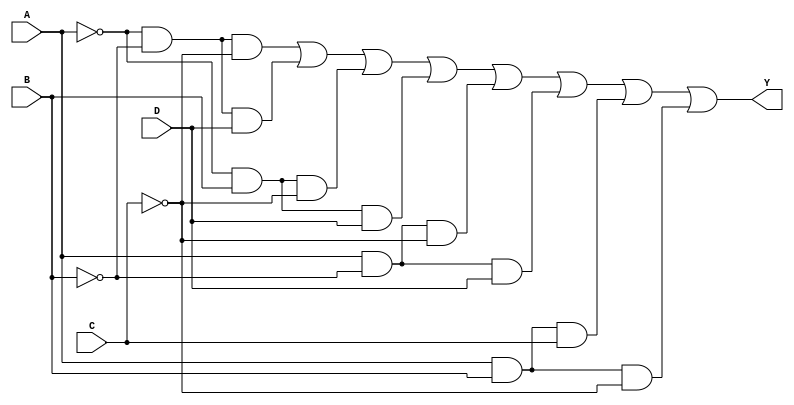
module four_variable_kmap (
    input wire A,  // Input variable A
    input wire B,  // Input variable B
    input wire C,  // Input variable C
    input wire D,  // Input variable D
    output wire Y  // Output Y
);

// Combinational logic based on the derived Boolean expression
assign Y = (~A & ~B & ~C) |     // A'B'C'
           (~A & ~B & D) |      // A'B'D
           (~A & B & ~C) |      // A'BC'
           (~A & B & D) |       // A'BD
           (A & ~B & ~C) |      // AB'C'
           (A & ~B & D) |       // AB'D
           (A & B & C) |        // ABC
           (A & B & ~C);        // ABC'

endmodule